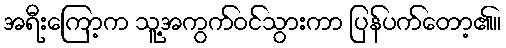
အရီးကြော့က သူ့အကွက်ဝင်သွားကာ ပြန်ပက်တော့၏။